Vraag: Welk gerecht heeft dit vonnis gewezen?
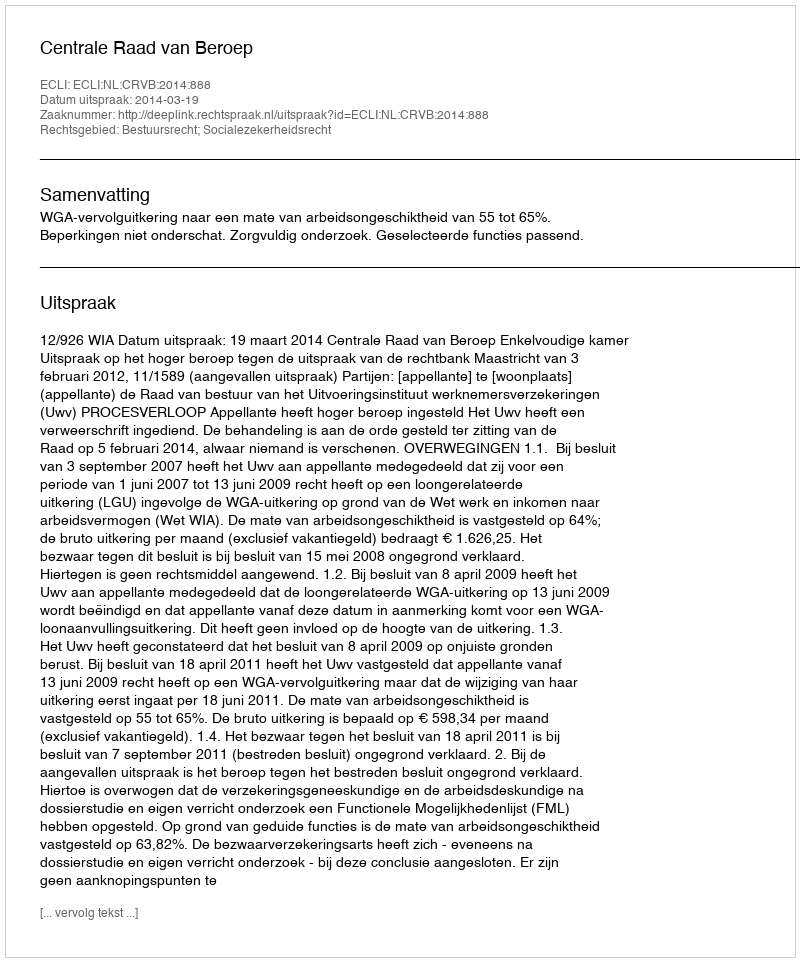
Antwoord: Centrale Raad van Beroep